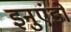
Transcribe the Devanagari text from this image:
इनुएंडो